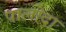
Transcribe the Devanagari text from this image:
पालोदा